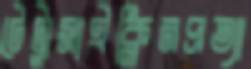
টেট্রাসাইক্লিনপ্রত্যা